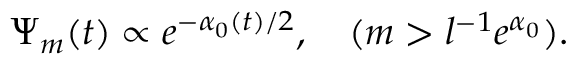
\Psi _ { m } ( t ) \propto e ^ { - \alpha _ { 0 } ( t ) / 2 } , \quad ( m > l ^ { - 1 } e ^ { \alpha _ { 0 } } ) .